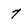
Character: 7